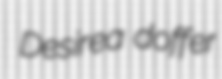
Desirea doffer